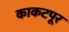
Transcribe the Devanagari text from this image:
काकटपूर